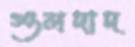
গুলদাদ